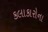
કલાકારોના